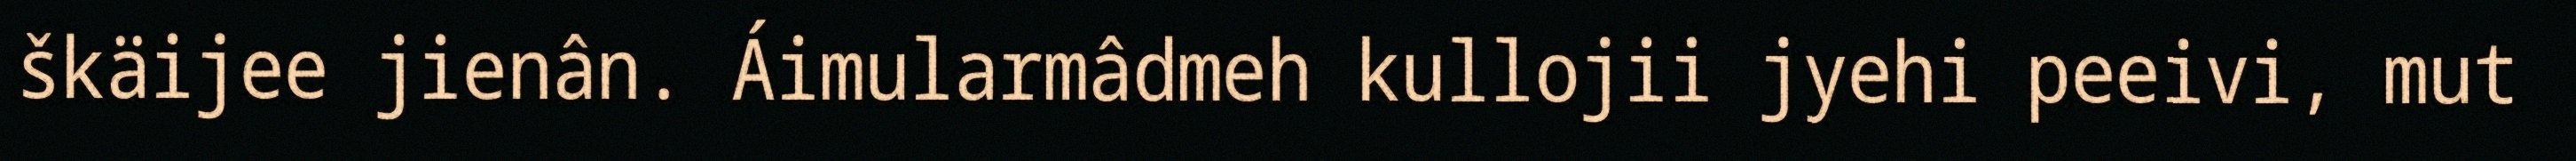
škäijee jienân. Áimularmâdmeh kullojii jyehi peeivi, mut